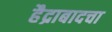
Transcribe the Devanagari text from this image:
हैद्राबादचा